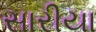
સારીયા